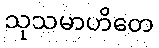
သုသမာဟိတေ